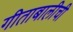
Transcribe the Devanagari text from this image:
गीताबालीची